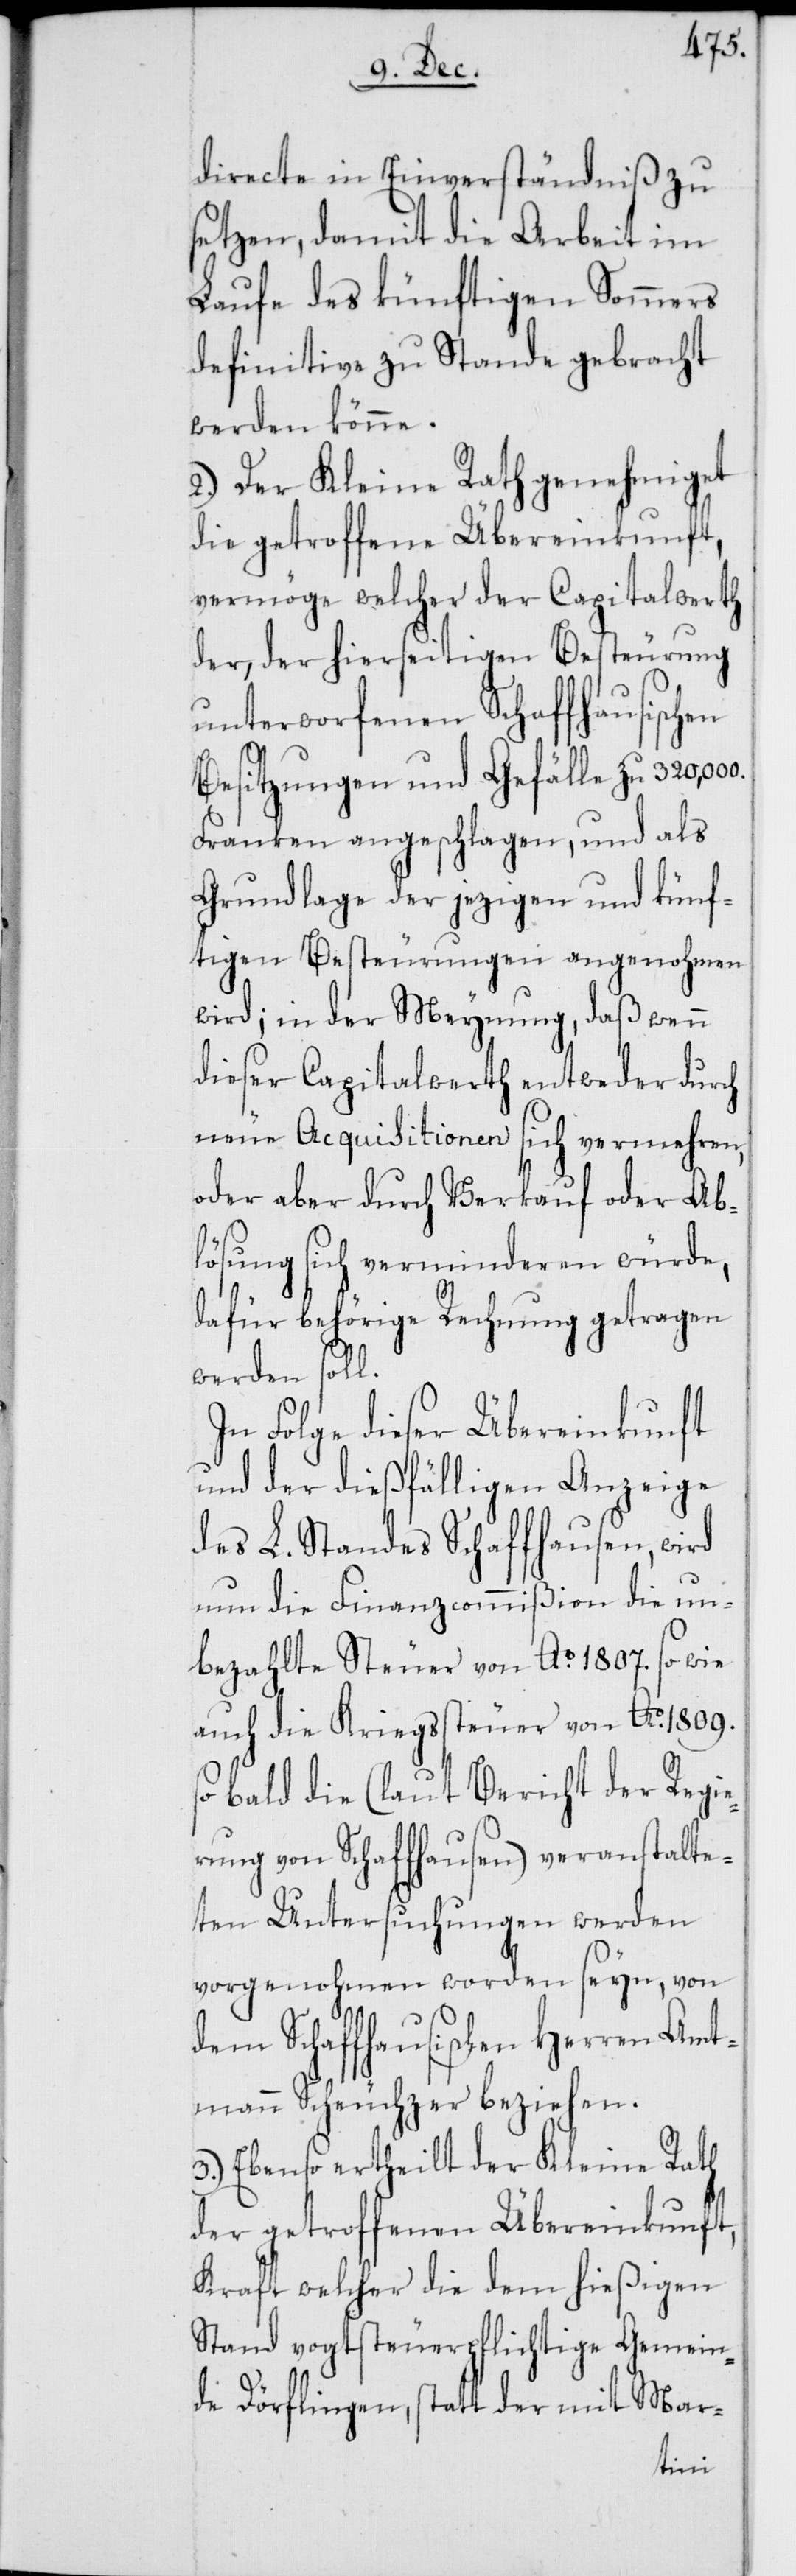
directe in Einverständniß zu
setzen, damit die Arbeit im
Laufe des künftigen Sommers
definitive zu Stande gebracht
werden könne.
2.) Der Kleine Rath genehmiget
die getroffene Übereinkunft,
vermöge welcher der Capitalwerth
der, der hierseitigen Besteurung
unterworfenen Schaffhausischen
Besitzungen und Gefälle zu
Franken angeschlagen, und als
Grundlage der jezigen und künf¬
tigen Besteurungen angenohmen
wird; in der Meynung, daß wenn
dieser Capitalwerth entweder durch
neue Acquisitionen sich vermehren,
oder aber durch Verkauf oder Ab¬
lösung sich verminderen würde,
dafür behörige Rechnung getragen
werden soll.
In Folge dieser Übereinkunft
und der dießfälligen Anzeige
des L. Standes Schaffhausen, wird
nun die Finanzcommißion die un¬
bezahlte Steuer von Ao. 1807. so wie
auch die Kriegssteuer von Ao. 1809.
bald die (laut Bericht der Regie¬
rung von Schaffhausen) veranstalte¬
ten Untersuchungen werden
vorgenohmen worden seyn, von
dem Schaffhausischen Herren Amt¬
mann Scheuchzer beziehen.
3.) Ebenso ertheilt der Kleine Rath
der getroffenen Übereinkunft,
Kraft welcher die dem hießigen
Stand vogtsteuerpflichtige Gemein¬
de Dörflingen, statt der mit Mar-